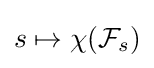
s\mapsto \chi ({\mathcal {F}}_{s})